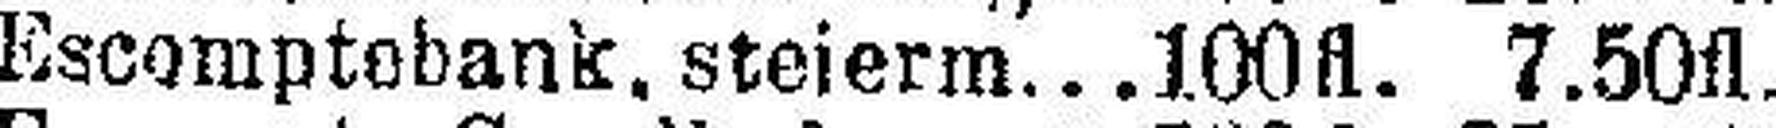
Escomptebank. steierm 100fl. 7.50fl.